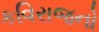
કવિરાજનો